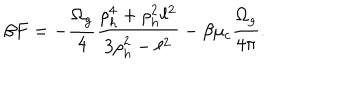
LaTeX: \beta F = - { \frac { \Omega _ { g } } { 4 } } { \frac { \rho _ { h } ^ { 4 } + \rho _ { h } ^ { 2 } \ell ^ { 2 } } { 3 \rho _ { h } ^ { 2 } - \ell ^ { 2 } } } - \beta \mu _ { c } { \frac { \Omega _ { g } } { 4 \pi } } .